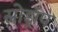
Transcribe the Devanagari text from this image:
स्नोड्रॉप